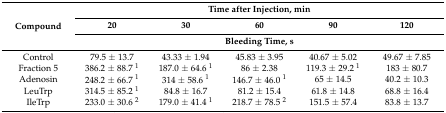
| <ROWSPAN=3> Compound | <COLSPAN=5> Time after Injection, min |
 | 20 | 30 | 60 | 90 | 120 |
 | <COLSPAN=5> Bleeding Time, s |
 | --- | --- | --- | --- | --- | --- |
 | Control | 79.5 ± 13.7 | 43.33 ± 1.94 | 45.83 ± 3.95 | 40.67 ± 5.02 | 49.67 ± 7.85 |
 | Fraction 5 | 386.2 ± 88.7 1 | 187.0 ± 64.6 1 | 86 ± 2.38 | 119.3 ± 29.2 1 | 183 ± 80.7 |
 | Adenosin | 248.2 ± 66.7 1 | 314 ± 58.6 1 | 146.7 ± 46.0 1 | 65 ± 14.5 | 40.2 ± 10.3 |
 | LeuTrp | 314.5 ± 85.2 1 | 84.8 ± 16.7 | 81.2 ± 15.4 | 61.8 ± 14.8 | 68.8 ± 16.4 |
 | IleTrp | 233.0 ± 30.6 2 | 179.0 ± 41.4 1 | 218.7 ± 78.5 2 | 151.5 ± 57.4 | 83.8 ± 13.7 |